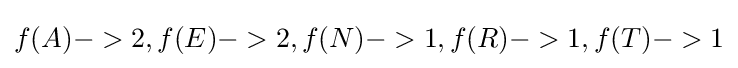
f(A)->2,f(E)->2,f(N)->1,f(R)->1,f(T)->1